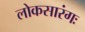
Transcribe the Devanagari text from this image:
लोकसारंगः